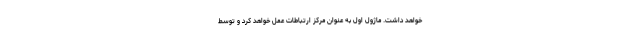
خواهد داشت. ماژول اول به عنوان مرکز ارتباطات عمل خواهد کرد و توسط